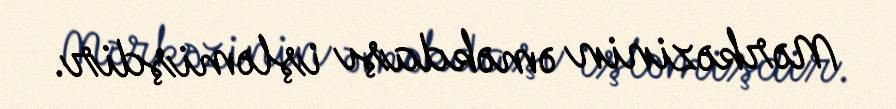
Mərkəzinin əməkdaşı işləmişdir.